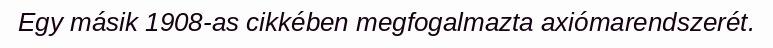
Egy másik 1908-as cikkében megfogalmazta axiómarendszerét.